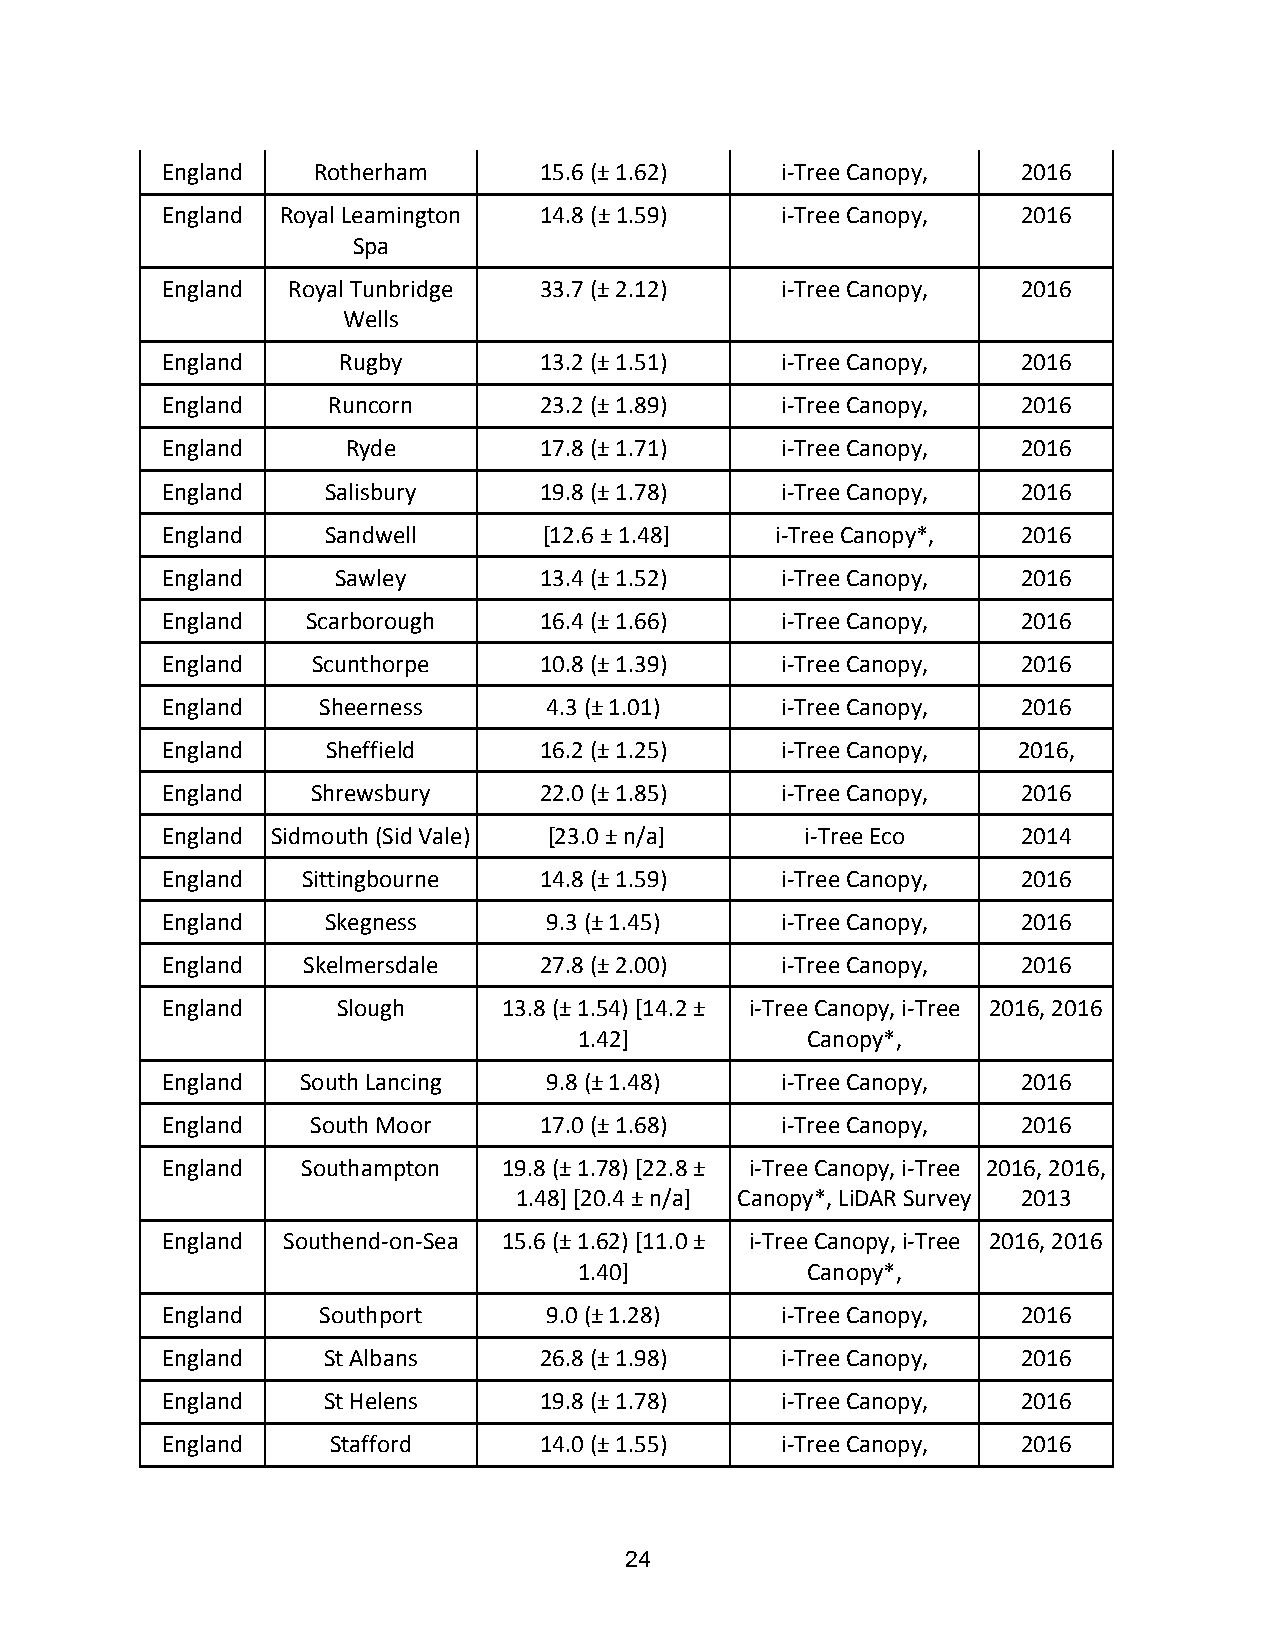
England   Rotherham      15.6 (± 1.62)   i-Tree Canopy,  2016
 England Royal Leamington 14.8 (± 1.59)   i-Tree Canopy,  2016
 Spa
 England Royal Tunbridge  33.7 (± 2.12)   i-Tree Canopy,  2016
 Wells
 England    Rugby         13.2 (± 1.51)   i-Tree Canopy,  2016
 England    Runcorn       23.2 (± 1.89)   i-Tree Canopy,  2016
 England     Ryde         17.8 (± 1.71)   i-Tree Canopy,  2016
 England    Salisbury     19.8 (± 1.78)   i-Tree Canopy,  2016
 England    Sandwell      [12.6 ± 1.48]  i-Tree Canopy*,  2016
 England    Sawley        13.4 (± 1.52)   i-Tree Canopy,  2016
 England  Scarborough     16.4 (± 1.66)   i-Tree Canopy,  2016
 England   Scunthorpe     10.8 (± 1.39)   i-Tree Canopy,  2016
 England   Sheerness      4.3 (± 1.01)    i-Tree Canopy,  2016
 England    Sheffield     16.2 (± 1.25)   i-Tree Canopy, 2016,
 England   Shrewsbury     22.0 (± 1.85)   i-Tree Canopy,  2016
 England Sidmouth (Sid Vale) [23.0 ± n/a]  i-Tree Eco     2014
 England  Sittingbourne   14.8 (± 1.59)   i-Tree Canopy,  2016
 England   Skegness       9.3 (± 1.45)    i-Tree Canopy,  2016
 England  Skelmersdale    27.8 (± 2.00)   i-Tree Canopy,  2016
 England    Slough     13.8 (± 1.54) [14.2 ± i-Tree Canopy, i-Tree 2016, 2016
 1.42]          Canopy*,
 England  South Lancing   9.8 (± 1.48)    i-Tree Canopy,  2016
 England   South Moor     17.0 (± 1.68)   i-Tree Canopy,  2016
 England  Southampton  19.8 (± 1.78) [22.8 ± i-Tree Canopy, i-Tree 2016, 2016,
 1.48] [20.4 ± n/a] Canopy*, LiDAR Survey 2013
 England Southend-on-Sea 15.6 (± 1.62) [11.0 ± i-Tree Canopy, i-Tree 2016, 2016
 1.40]          Canopy*,
 England   Southport      9.0 (± 1.28)    i-Tree Canopy,  2016
 England   St Albans      26.8 (± 1.98)   i-Tree Canopy,  2016
 England   St Helens      19.8 (± 1.78)   i-Tree Canopy,  2016
 England    Stafford      14.0 (± 1.55)   i-Tree Canopy,  2016
 24